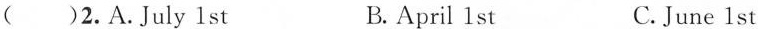
()2.A. July 1 st B. April 1 st C. June 1 st